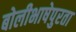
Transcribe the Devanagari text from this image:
बोलीभाषेपुरता